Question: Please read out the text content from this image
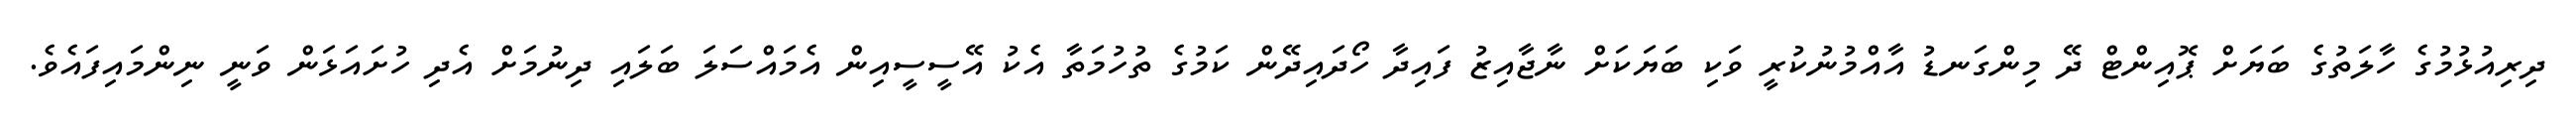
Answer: ދިރިއުޅުމުގެ ހާލަތުގެ ބަޔަށް ޕޮއިންޓް ދޭ މިންގަނޑު އާއްމުނުކުރީ ވަކި ބަޔަކަށް ނާޖާއިޒު ފައިދާ ހޯދައިދޭން ކަމުގެ ތުހުމަތާ އެކު އޭސީސީއިން އެމައްސަލަ ބަލައި ދިނުމަށް އެދި ހުށައަޅަން ވަނީ ނިންމައިފައެވެ.